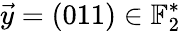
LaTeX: \vec{y}=(011)\in\mathbb{F}_{2}^{*}